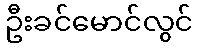
ဦးခင်မောင်လွင်